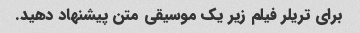
برای تریلر فیلم زیر یک موسیقی متن پیشنهاد دهید.